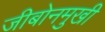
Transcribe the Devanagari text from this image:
जीबोनमुखी